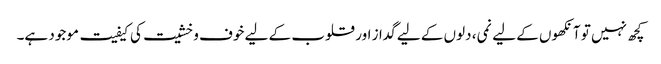
کچھ نہیں تو آنکھوں کے لیے نمی، دلوں کے لیے گداز اور قلوب کے لیے خوف و خشیت کی کیفیت موجود ہے۔